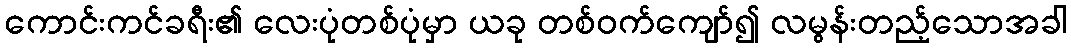
ကောင်းကင်ခရီး၏ လေးပုံတစ်ပုံမှာ ယခု တစ်ဝက်ကျော်၍ လမွန်းတည့်သောအခါ